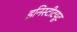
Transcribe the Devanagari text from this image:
इनिस्टीटयूट